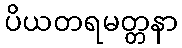
ပိယတရမတ္တနာ